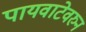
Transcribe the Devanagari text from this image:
पायवाटेवरुन